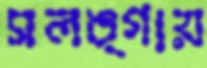
সলঙ্গায়